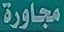
مجاورة